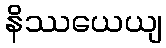
နိဿယေယျ